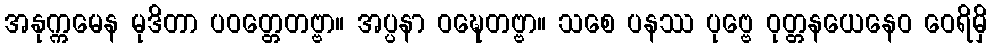
အနုက္ကမေန မုဒိတာ ပဝတ္တေတဗ္ဗာ။ အပ္ပနာ ဝဍ္ဎေတဗ္ဗာ။ သစေ ပနဿ ပုဗ္ဗေ ဝုတ္တနယေနေဝ ဝေရိမှိ